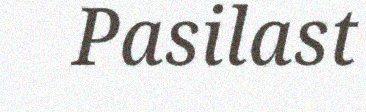
Pasilast